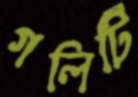
গলিটি